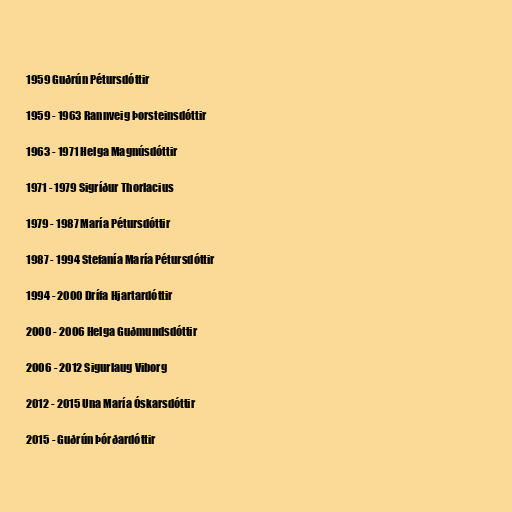
1959 Guðrún Pétursdóttir

1959 - 1963 Rannveig Þorsteinsdóttir

1963 - 1971 Helga Magnúsdóttir

1971 - 1979 Sigríður Thorlacius

1979 - 1987 María Pétursdóttir

1987 - 1994 Stefanía María Pétursdóttir

1994 - 2000 Drífa Hjartardóttir

2000 - 2006 Helga Guðmundsdóttir

2006 - 2012 Sigurlaug Viborg

2012 - 2015 Una María Óskarsdóttir

2015 - Guðrún Þórðardóttir